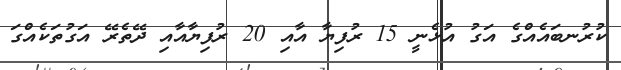
ކުރުނބައެއްގެ އަގު އުޅެނީ 15 ރުފިޔާ އާއި 20 ރުފިޔާއާއި ދޭތެރޭ އަގުތަކެއްގަ